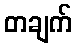
တချက်